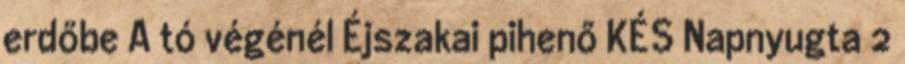
erdőbe A tó végénél Éjszakai pihenő KÉS Napnyugta 2